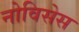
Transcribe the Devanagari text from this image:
नोविसेस